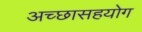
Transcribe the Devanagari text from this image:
अच्छासहयोग